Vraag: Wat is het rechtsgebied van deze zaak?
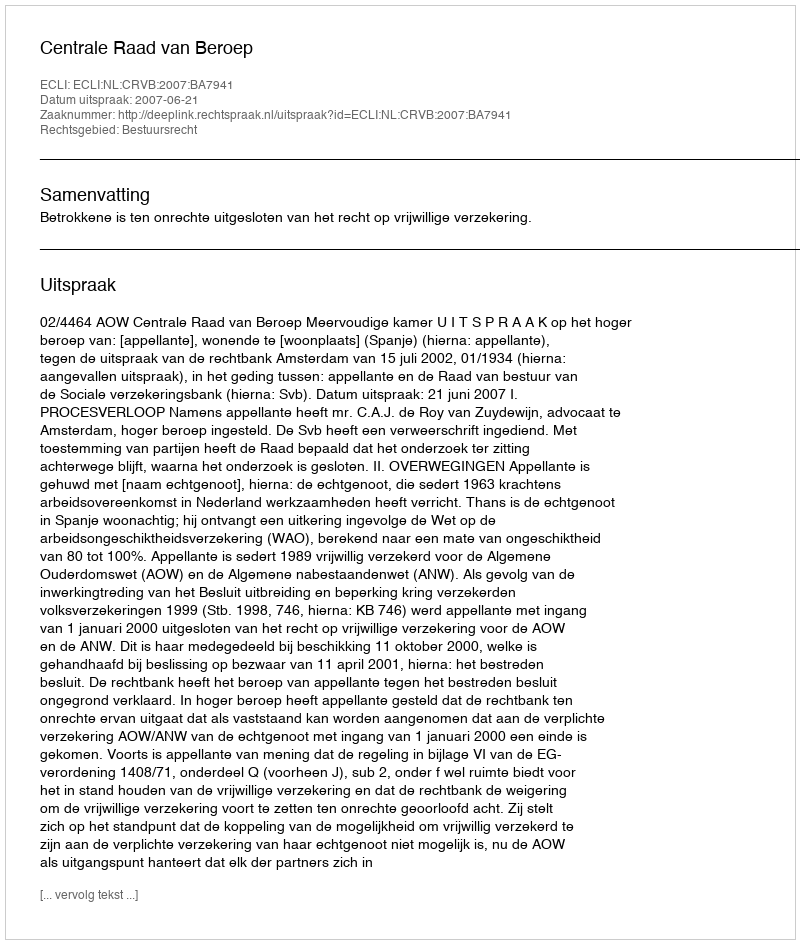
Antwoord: Bestuursrecht